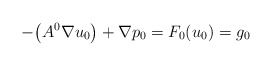
\begin{align*} - \big (A^0\nabla u_0 \big)+\nabla p_0 =F_0 (u_0) =g_0\end{align*}